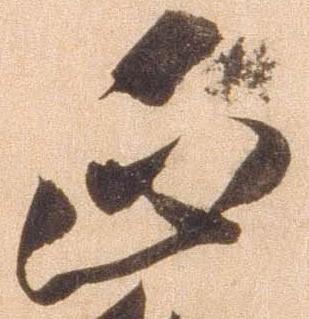
正